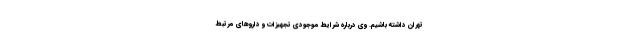
تهران داشته باشیم. وی درباره شرایط موجودی تجهیزات و داروهای مرتبط